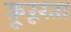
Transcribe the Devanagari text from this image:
क्रूरूरता